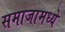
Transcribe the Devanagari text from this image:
समाजामध्‍ये